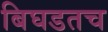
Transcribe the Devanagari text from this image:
बिघडतच